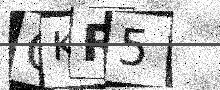
Text: OKR5